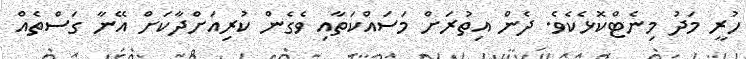
ހުރީ މަދު މިނެޓްކޮޅެކެވެ. ދެން އިތުރަށް މަސައްކަތާއި ވެގެން ކުރިއަށްދާކަށް އޭނާ ގަސްތެއް